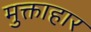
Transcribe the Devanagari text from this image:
मुक्ताहार